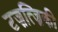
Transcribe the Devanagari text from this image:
टज़त्ज़िकी